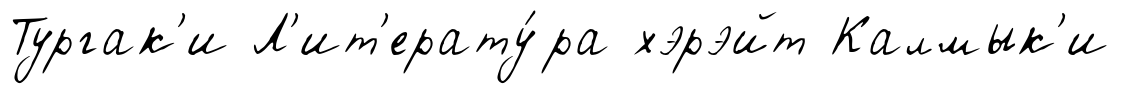
Тургак'и Л'ит'ерату́ра хэрэйт Калмык'и